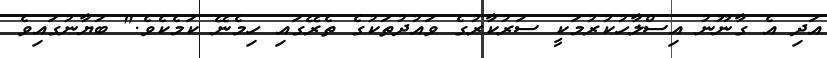
އަދި އެ ގާނޫނު އިސްލާހުކުރުމަކީ ސަރުކާރުގެ ވައުދުތަކުގެ ތެރޭގައި ހިމެނޭ ކަމެކެވެ." ބަޔާނުގައިވެ